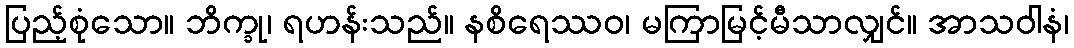
ပြည့်စုံသော။ ဘိက္ခု၊ ရဟန်းသည်။ နစိရေဿဝ၊ မကြာမြင့်မီသာလျှင်။ အာသဝါနံ၊